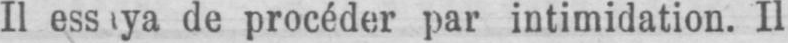
de procéder par intimidation. Il